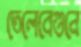
তেলেবেগুনে